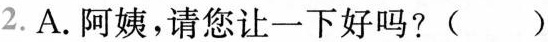
2.A.阿姨，请您让一下好吗?()